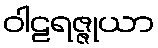
ဝါဠရဇ္ဇုယာ